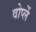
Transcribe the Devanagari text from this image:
वोर्प्ले